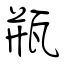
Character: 瓶